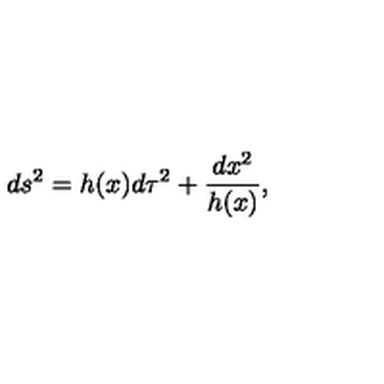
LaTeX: d s ^ { 2 } = h ( x ) d \tau ^ { 2 } + { \frac { d x ^ { 2 } } { h ( x ) } } ,